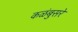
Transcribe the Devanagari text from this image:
कळंबुसरे